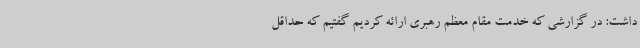
داشت: در گزارشی که خدمت مقام معظم رهبری ارائه کردیم گفتیم که حداقل